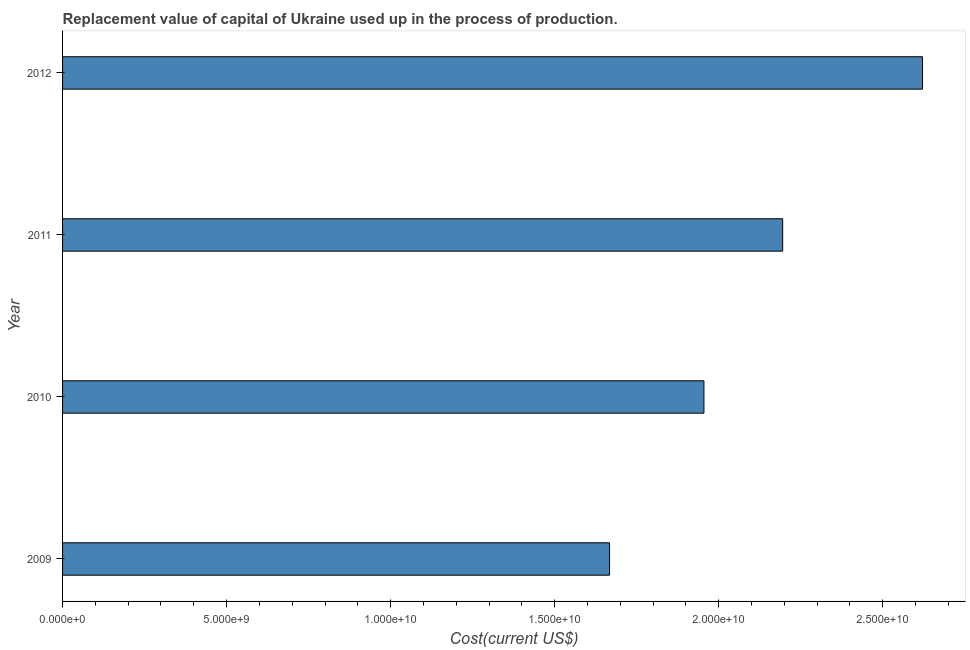
| Year | Consumption of fixed capital |
 | --- | --- |
 | 2009 | 1.67e+10 |
 | 2010 | 1.96e+10 |
 | 2011 | 2.2e+10 |
 | 2012 | 2.62e+10 |